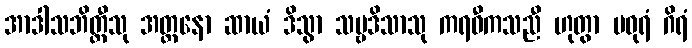
အာဒါသဘိတ္တီသု အတ္တနော ဆာယံ ဒိသွာ သဗ္ဗဒိသာသု ကရဝီကသညီ ဟုတွာ မဓုရံ ဂိရံ